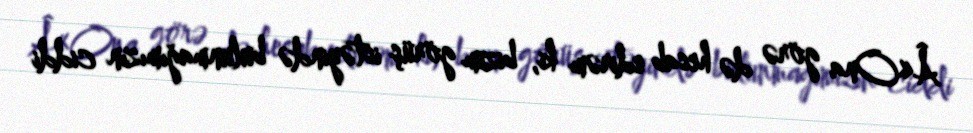
Â«Ona görə də hesab edirəm ki, bizim görüş istəyində bulunmağımızın ciddi